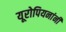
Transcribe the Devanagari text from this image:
यूरोपियनांनी